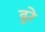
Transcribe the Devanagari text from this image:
ढुरे